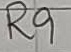
Text: R9